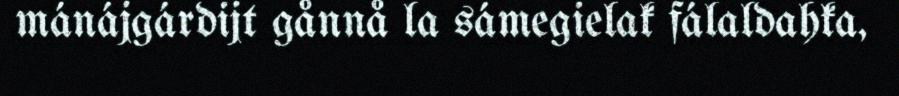
mánájgárdijt gånnå la sámegielak fálaldahka,